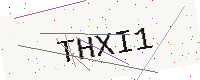
Text: THXI1